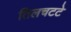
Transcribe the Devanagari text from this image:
तिलचटटे